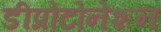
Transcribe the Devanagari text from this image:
डीप्रोटोनेशन